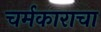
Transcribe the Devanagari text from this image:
चर्मकाराचा